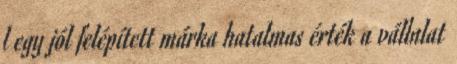
l egy jól felépített márka hatalmas érték a vállalat